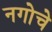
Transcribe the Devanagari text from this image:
नगोचे